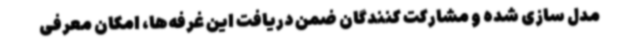
مدل سازی شده و مشارکت کنندگان ضمن دریافت این غرفه‌ها، امکان معرفی